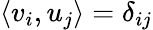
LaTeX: \left\langle v_{i},u_{j}\right\rangle=\delta_{ij}